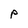
Character: P